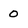
Character: 0